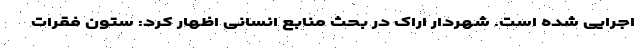
اجرایی شده است. شهردار اراک در بحث منابع انسانی اظهار کرد: ستون فقرات